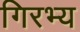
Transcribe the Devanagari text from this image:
गिरभ्य